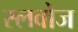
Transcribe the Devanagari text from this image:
स्लवोज